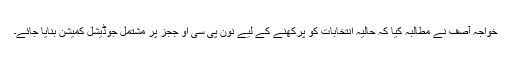
خواجہ آصف نے مطالبہ کیا کہ حالیہ انتخابات کو پرکھنے کے لیے نون پی سی او ججز پر مشتمل جوڈیشل کمیشن بنایا جائے۔